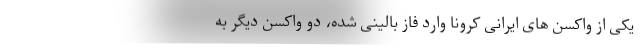
یکی از واکسن های ایرانی کرونا وارد فاز بالینی شده، دو واکسن دیگر به